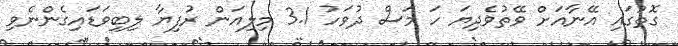
ގޮތުގައި އޭނާއަށް ވޭތުވެދިޔަ ހަ މަސް ދުވަހު 3.1 މިލިއަން ރުފިޔާ ލިބިވަޑައިގެންނެވި